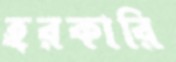
হরকারি